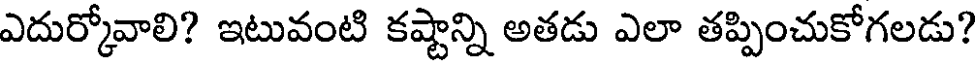
ఎదుర్కోవాలి? ఇటువంటి కష్టాన్ని అతడు ఎలా తప్పించుకోగలడు?